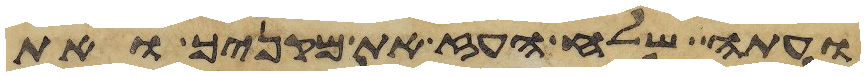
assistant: ועתה שלח העז את מקניך ואת